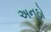
અનૂઠો